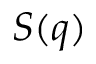
S ( q )